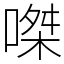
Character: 𠹳